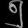
Digit: ၅